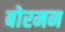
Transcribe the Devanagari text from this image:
बोरमन